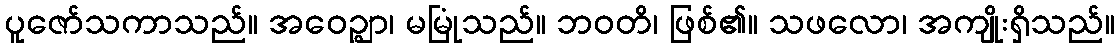
ပူဇော်သကာသည်။ အဝေဉ္ဈာ၊ မမြုံသည်။ ဘဝတိ၊ ဖြစ်၏။ သဖလော၊ အကျိုးရှိသည်။